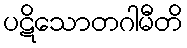
ပဋိသောတဂါမီတိ